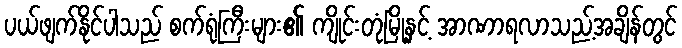
ပယ်ဖျက်နိုင်ပါသည် စက်ရုံကြီးများ၏ ကျိုင်းတုံမြို့နှင့် အာဏာရလာသည့်အချိန်တွင်